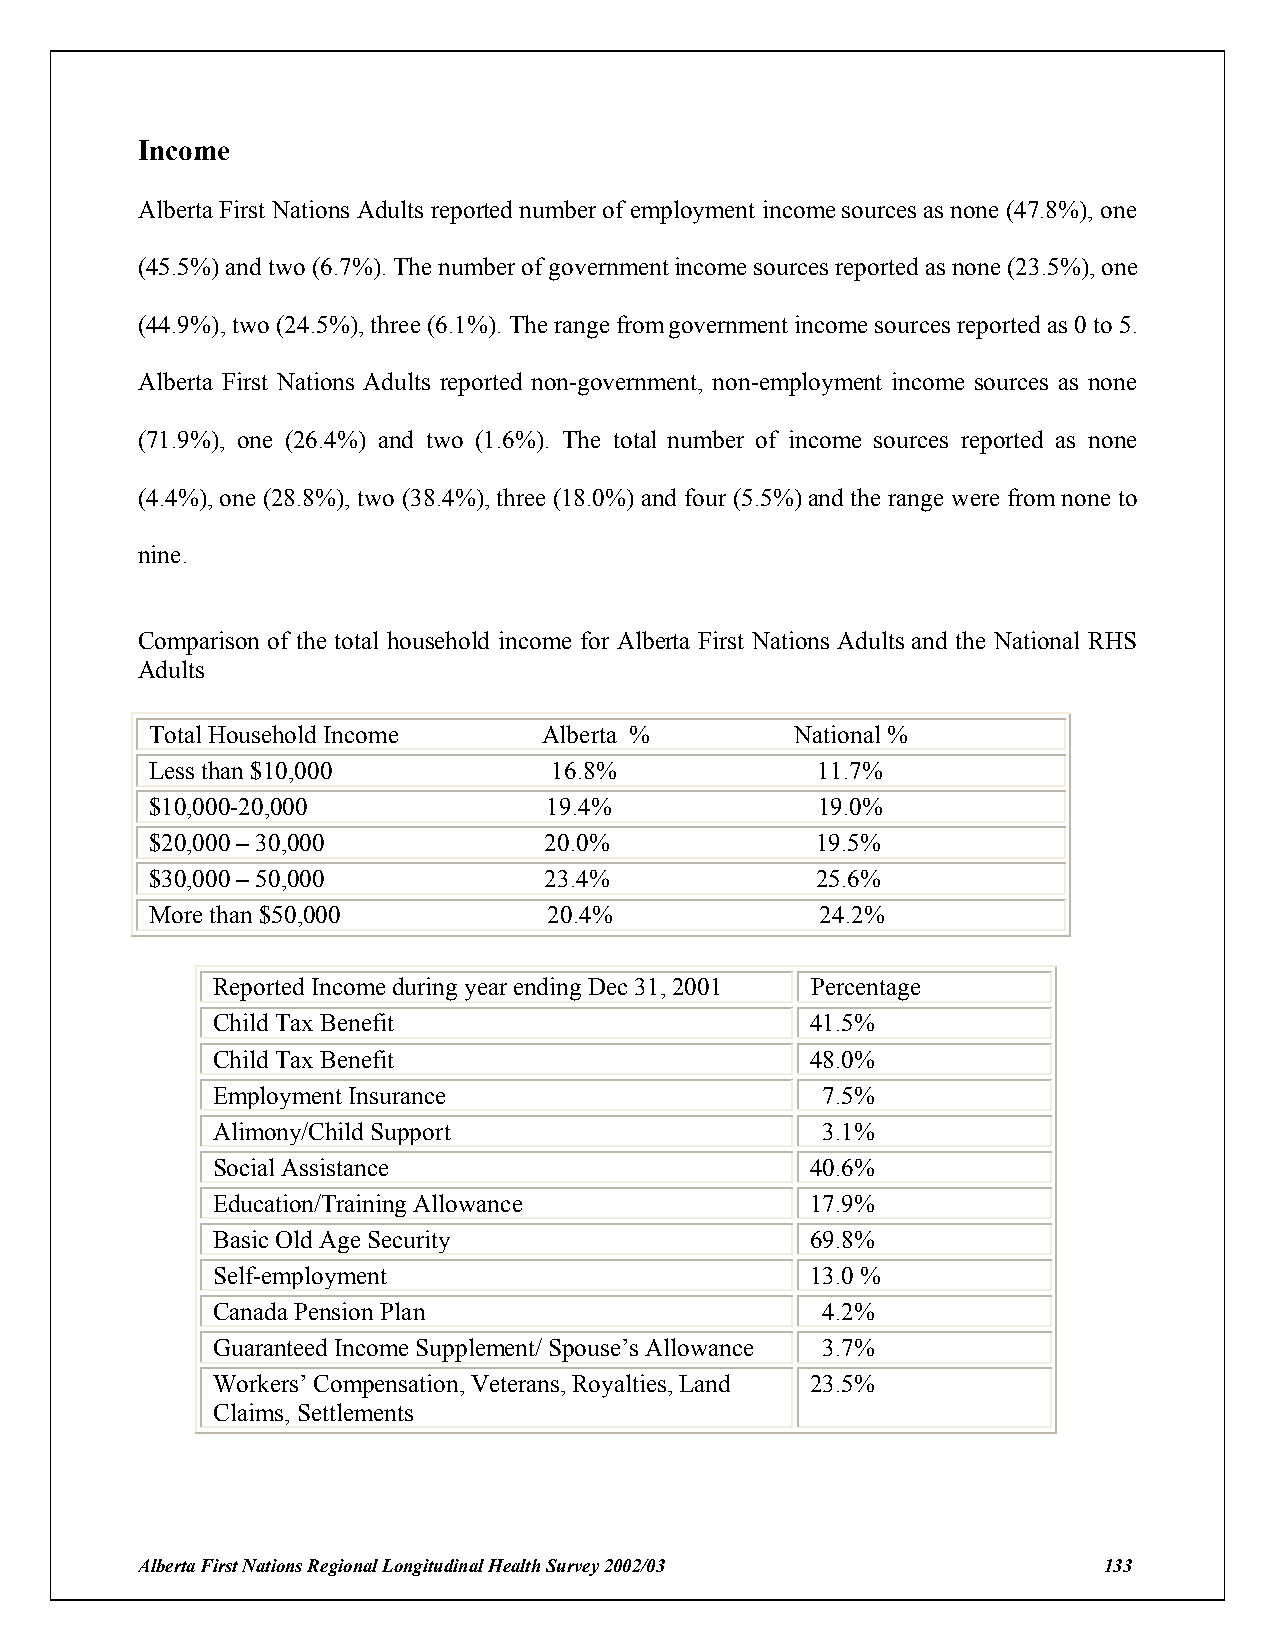
Income
 Alberta First Nations Adults reported number of employment income sources as none (47.8%), one
 (45.5%) and two (6.7%). The number of government income sources reported as none (23.5%), one
 (44.9%), two (24.5%), three (6.1%). The range from government income sources reported as 0 to 5.
 Alberta First Nations Adults reported non-government, non-employment income sources as none
 (71.9%), one (26.4%) and two (1.6%). The total number of income sources reported as none
 (4.4%), one (28.8%), two (38.4%), three (18.0%) and four (5.5%) and the range were from none to
 nine.
 Comparison of the total household income for Alberta First Nations Adults and the National RHS
 Adults
 Total Household Income    Alberta %        National %
 Less than $10,000          16.8%            11.7%
 $10,000-20,000            19.4%             19.0%
 $20,000 – 30,000          20.0%             19.5%
 $30,000 – 50,000          23.4%             25.6%
 More than $50,000         20.4%             24.2%
 Reported Income during year ending Dec 31, 2001 Percentage
 Child Tax Benefit                       41.5%
 Child Tax Benefit                       48.0%
 Employment Insurance                    7.5%
 Alimony/Child Support                   3.1%
 Social Assistance                       40.6%
 Education/Training Allowance            17.9%
 Basic Old Age Security                  69.8%
 Self-employment                         13.0 %
 Canada Pension Plan                     4.2%
 Guaranteed Income Supplement/ Spouse’s Allowance 3.7%
 Workers’ Compensation, Veterans, Royalties, Land 23.5%
 Claims, Settlements
 Alberta First Nations Regional Longitudinal Health Survey 2002/03 133